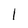
Character: 1